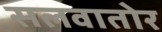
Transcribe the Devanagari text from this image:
सलवातोर